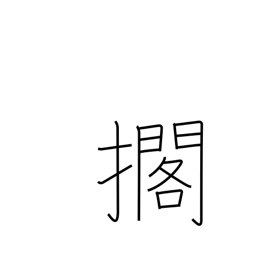
Meaning: lay down